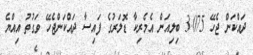
ދައްކަން ޖެހޭ 3.075 ބިލިއަން އެމެރިކާ ޑޮލަރުގެ ފައިސާ ދަައްކަންޖެހޭ ވަގުތު އިއްޔެ